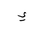
Letter: _ya